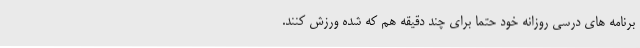
برنامه های درسی روزانه خود حتما برای چند دقیقه هم که شده ورزش کنند.